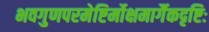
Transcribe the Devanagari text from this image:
भवगुणपरमेष्टिर्मोक्षमार्गैकदृष्टिः